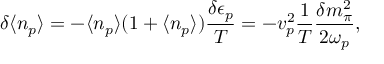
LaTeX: \delta \langle { n _ { p } } \rangle = - \langle { n _ { p } } \rangle ( 1 + \langle { n _ { p } } \rangle ) { \frac { \delta \epsilon _ { p } } { T } } = - { v } _ { p } ^ { 2 } { \frac { 1 } { T } } { \frac { \delta m _ { \pi } ^ { 2 } } { 2 \omega _ { p } } } ,